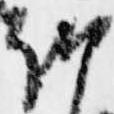
朝